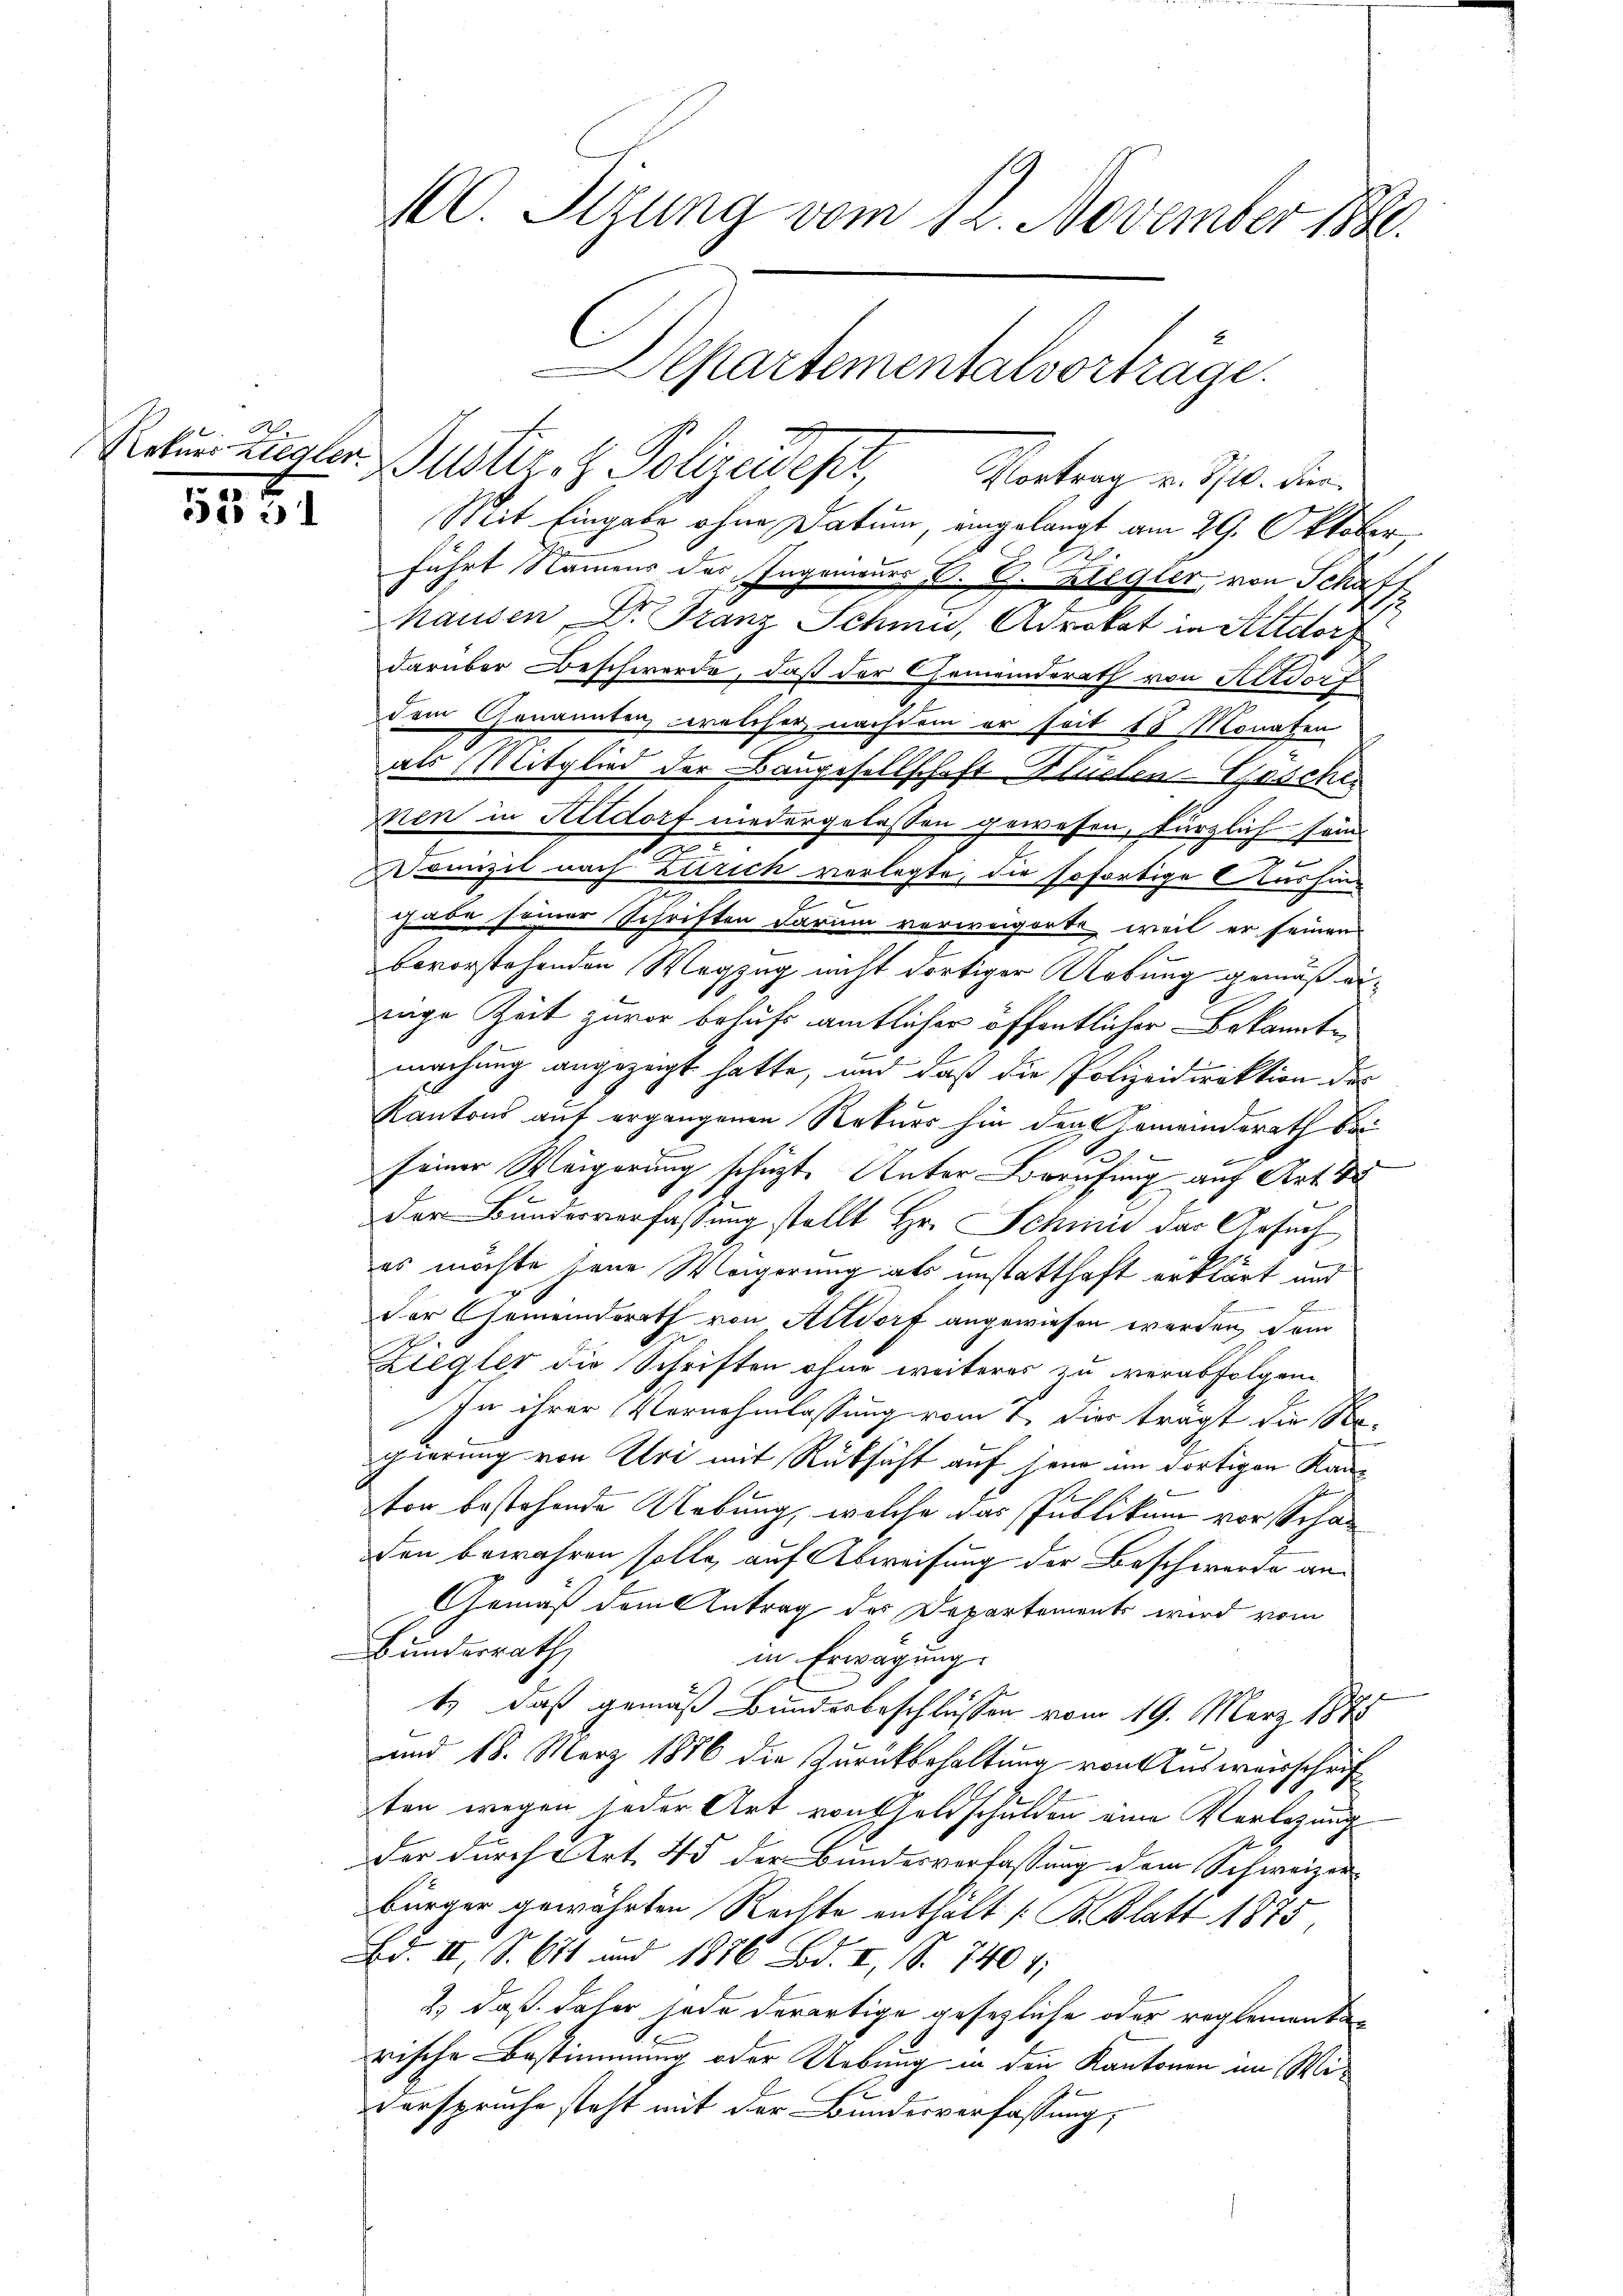
N.

52

Rekurriegler Justiz- & Polizeider,
Vortrag v. 10. dien.
Mit Eingabe ohne Datum eingelangt am 29. Oktober
führt Namens des Ingenieurs P. G. Blegier, von Schaff
hausen Dr. Franz Schmid, Advokat in Altdorf
darüber Beschwerde, daß der Gemeinderath von Altdorf
dem Genannten, welcher nachdem er seit 18 Monaten
als Mitglied der Baugesellschaft Hüllen-Gescher
nen in Altdorf niedergelassen gewesen, kürzlich son
Domizil nach Zürich verlegte, die sofortige Aushing
habe seiner Schriften darum verweigerte, weil er seinen
bevorstehenden Wegzug nicht dortiger Uebung gemäß eiwige Zeit zuvor behufs amtlicher öffentlicher Bekannte
machung angezeigt hatte, und daß die Polizeidirektion der
Kantons auf ergangenen Rekurs hin den Gemeindsrath bei
7
seiner Weigerung schüzt. Unter Berufung auf Art. 4
n
der Bundesverfassung stellt Hr. Schmid der Gesuch
es möchte jene Weigerung als unstatthaft erklärt und
2
Der Gemeinderth von Altdorf angewiesen werden, dem
Ziegler die Schriften ohne weiteres zu verabfolgen
In ihrer Vornehmlassung vom 7. Dies trägt die So-
gierung von Uri mit Rüksicht auf jene im dortigen Kan¬
.
ton bestehende Uebung, welche das Publikum vor Schaden bewahren solle, auf Abweisung der Beschwerde an
Gemäß dem Antrag der Departements wird vom
Bunderrath,
in Erwägung.
t) daß gemäß Bundesbeschlüssen vom 19. März 1878
und 18. März 1886 die Zurückbehaltung von Ausweisschrift
ten wegen jeder Art von Goldschulden eine Verlegung
der durch Art. 45 der Bundesverfassung dem Schweizerbürger gewährten Rechte enthalt (S. Blatt 1875.
Bd. II, S. 641 und 1876 Bd. I, S. 740 1;
2) daß daher jede derartige gesezliche oder reglementarische Bestimmung oder Uebung in den Kantonen im Wi¬
Versprüche steht mit der Bundesverfassung;

100. Sizung vom 12. November 1880.
epartementalvortrage.